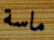
ماسة